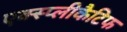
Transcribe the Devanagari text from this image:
एक्स्प्लीकैटिफ